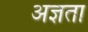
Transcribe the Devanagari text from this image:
अज्ञता